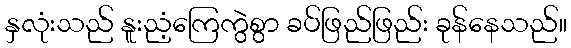
နှလုံးသည် နူးညံ့ကြေကွဲစွာ ခပ်ဖြည်ဖြည်း ခုန်နေသည်။